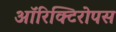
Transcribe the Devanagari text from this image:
ऑरिक्टिरोपस